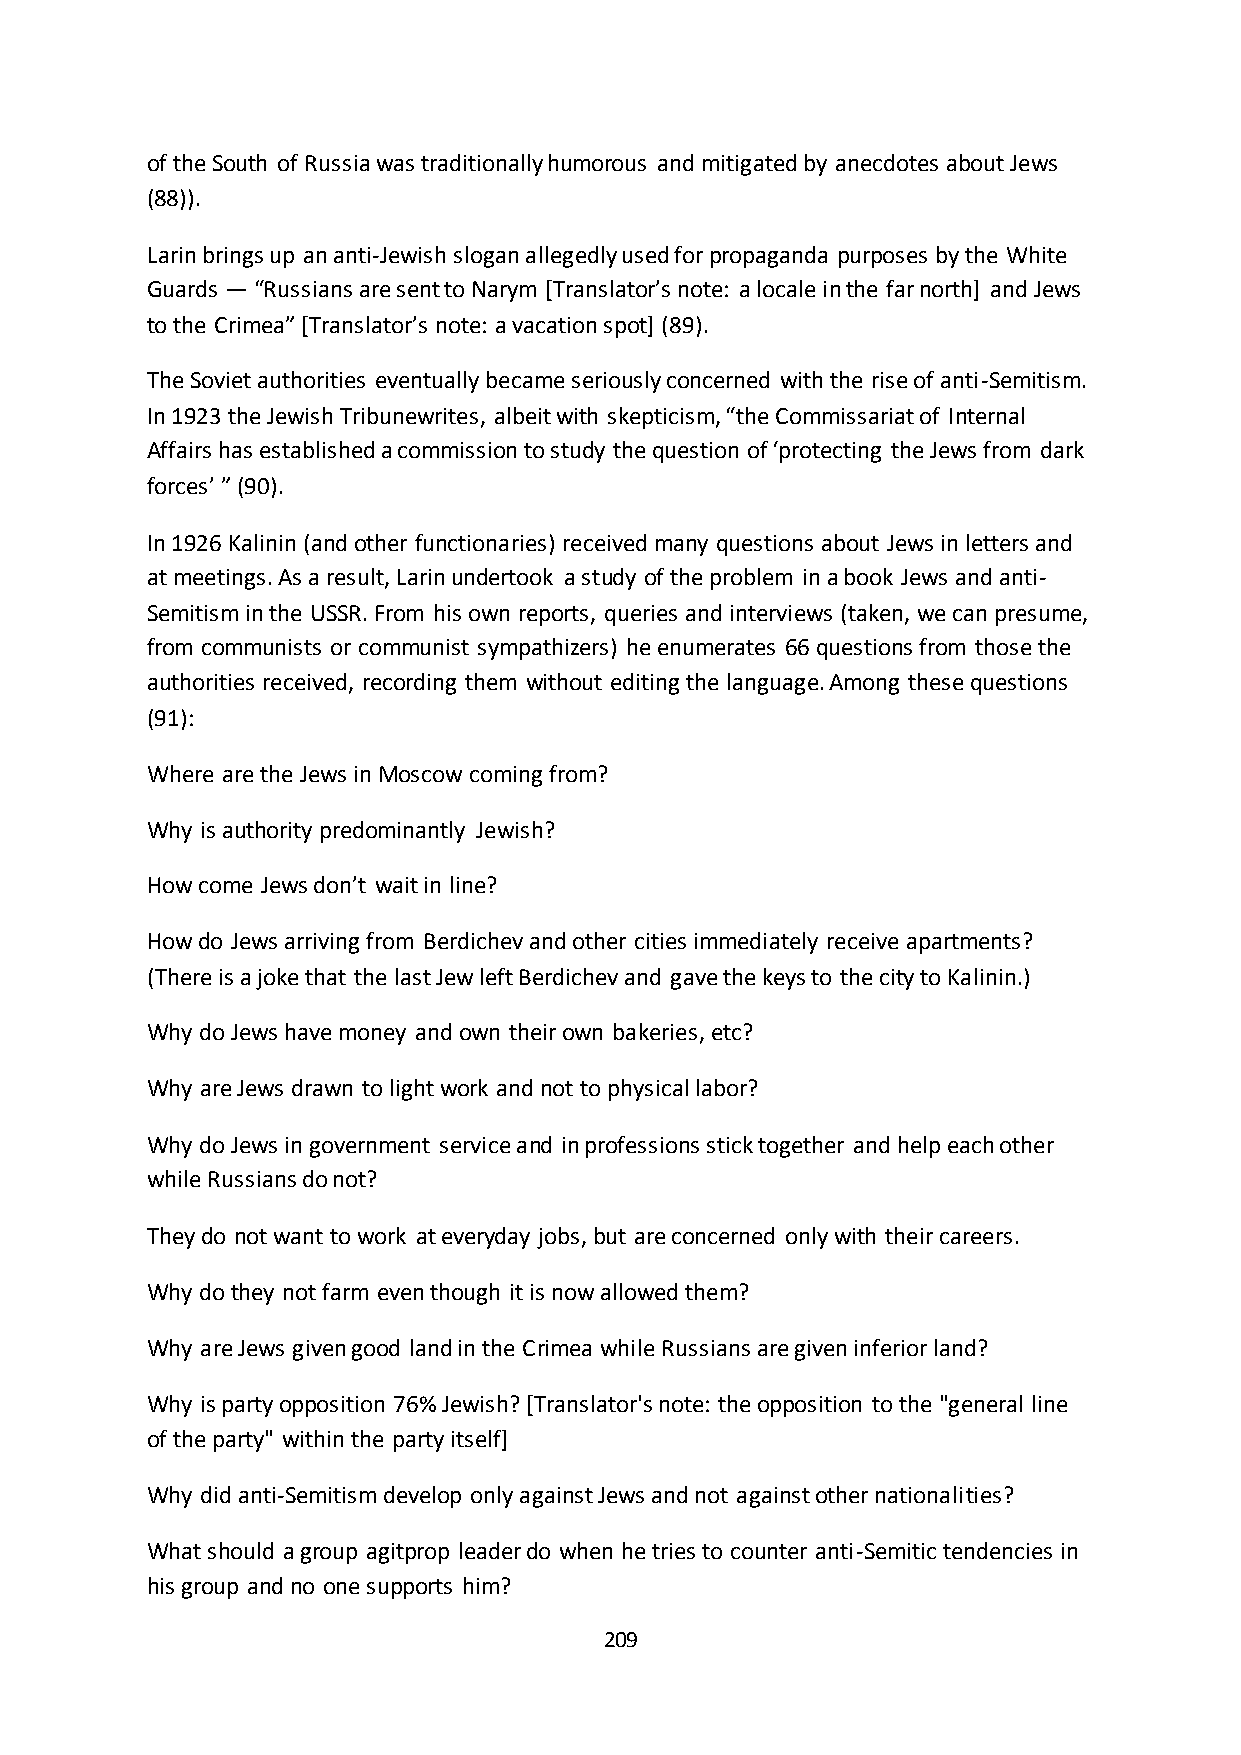
of the South of Russia was traditionally humorous and mitigated by anecdotes about Jews
 (88)).
 Larin brings up an anti-Jewish slogan allegedly used for propaganda purposes by the White
 Guards — “Russians are sent to Narym *Translator’s note: a locale in the far north] and Jews
 to the Crimea” *Translator’s note: a vacation spot+ (89).
 The Soviet authorities eventually became seriously concerned with the rise of anti-Semitism.
 In 1923 the Jewish Tribunewrites, albeit with skepticism, “the Commissariat of Internal
 Affairs has established a commission to study the question of ‘protecting the Jews from dark
 forces’ ” (90).
 In 1926 Kalinin (and other functionaries) received many questions about Jews in letters and
 at meetings. As a result, Larin undertook a study of the problem in a book Jews and anti-
 Semitism in the USSR. From his own reports, queries and interviews (taken, we can presume,
 from communists or communist sympathizers) he enumerates 66 questions from those the
 authorities received, recording them without editing the language. Among these questions
 (91):
 Where are the Jews in Moscow coming from?
 Why is authority predominantly Jewish?
 How come Jews don’t wait in line?
 How do Jews arriving from Berdichev and other cities immediately receive apartments?
 (There is a joke that the last Jew left Berdichev and gave the keys to the city to Kalinin.)
 Why do Jews have money and own their own bakeries, etc?
 Why are Jews drawn to light work and not to physical labor?
 Why do Jews in government service and in professions stick together and help each other
 while Russians do not?
 They do not want to work at everyday jobs, but are concerned only with their careers.
 Why do they not farm even though it is now allowed them?
 Why are Jews given good land in the Crimea while Russians are given inferior land?
 Why is party opposition 76% Jewish? [Translator's note: the opposition to the "general line
 of the party" within the party itself]
 Why did anti-Semitism develop only against Jews and not against other nationalities?
 What should a group agitprop leader do when he tries to counter anti-Semitic tendencies in
 his group and no one supports him?
 209